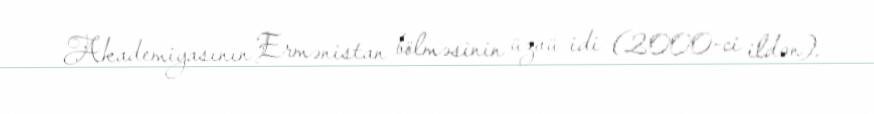
Akademiyasının Ermənistan bölməsinin üzvü idi (2000-ci ildən).